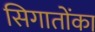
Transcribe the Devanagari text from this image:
सिगातोंका